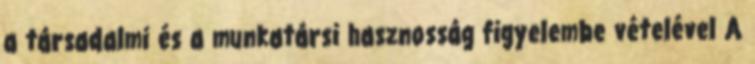
a társadalmi és a munkatársi hasznosság figyelembe vételével A